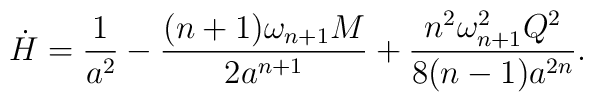
\dot H =  {1\over{a^2}} - {(n+1)\omega_{n+1} M\over{2 a^{n+1}}}+ {n^2 \omega_{n+1}^2 Q^2\over{8(n-1)a^{2n}}}.